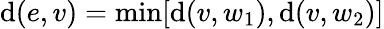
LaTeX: \mathrm{d}(e,v)=\operatorname*{min}[\mathrm{d}(v,w_{1}),\mathrm{d}(v,w_{2})]